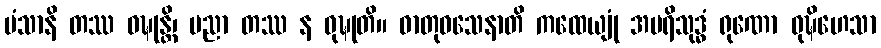
မံသာနိ တဿ ဝဍ္ဎုန္တိ၊ ပညာ တဿ န ဝုဍ္ဎုတိ။ ဓာတုဝသေနာတိ ကထေယျုံ အပရိသုဒ္ဓံ ရုဏော ဝုဍ္ဎိဟေသာ